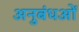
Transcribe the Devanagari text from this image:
अनुबंधओं